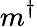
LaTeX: m^{\dagger}